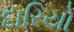
દારિયો